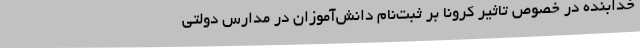
خدابنده در خصوص تاثیر کرونا بر ثبت‌نام دانش‌آموزان در مدارس دولتی